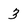
Character: 3